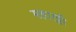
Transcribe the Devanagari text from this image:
महारट्ठी